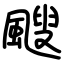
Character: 颼